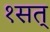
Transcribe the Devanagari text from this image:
१सत्